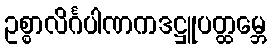
ဥစ္စာလိင်္ဂပါဏကဒဋ္ဌူပတ္ထမ္ဘေ